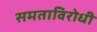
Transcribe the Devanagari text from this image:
समताविरोधी